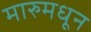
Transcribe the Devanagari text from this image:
मारुमधून